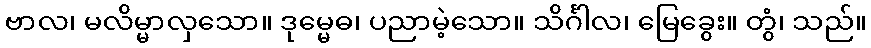
ဗာလ၊ မလိမ္မာလှသော။ ဒုမ္မေဓ၊ ပညာမဲ့သော။ သိင်္ဂါလ၊ မြေခွေး။ တွံ၊ သည်။